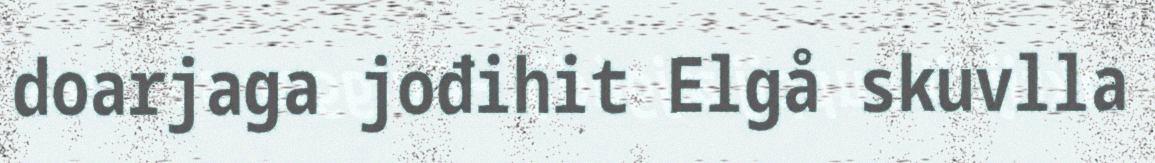
doarjaga jođihit Elgå skuvlla